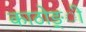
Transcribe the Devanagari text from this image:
काठोङ्ी